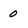
Character: 0